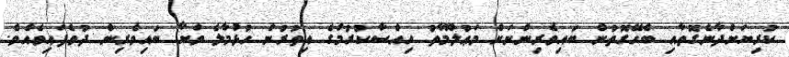
ކުރިޔަށްދާނެގޮތާއި ބެހޭގޮތުން ބައިވެރިންނަށް މަޢުލޫމާތު ހިއްސާކުރުމުގެ އިތުރުން ހުޅުމާލެ ވަށާ ބައިވެރިން ދުވެފައިވެއެވެ.